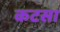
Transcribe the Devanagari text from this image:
कटसा